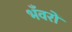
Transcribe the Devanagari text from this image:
भँवरों